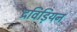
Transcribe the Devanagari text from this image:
द्रविड़ियन